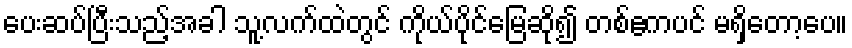
ပေးဆပ်ပြီးသည့်အခါ သူ့လက်ထဲတွင် ကိုယ်ပိုင်မြေဆို၍ တစ်ဧကပင် မရှိတော့ပေ။